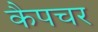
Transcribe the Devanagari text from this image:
कैपचर